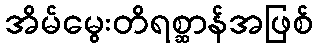
အိမ်မွေးတိရစ္ဆာန်အဖြစ်